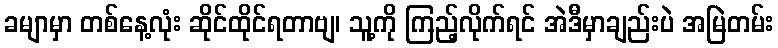
ခမျာမှာ တစ်နေ့လုံး ဆိုင်ထိုင်ရတာဗျ၊ သူ့ကို ကြည့်လိုက်ရင် အဲဒီမှာချည်းပဲ အမြဲတမ်း